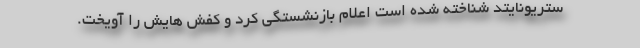
ستریونایتد شناخته شده است اعلام بازنشستگی کرد و کفش هایش را آویخت.